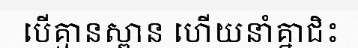
បើគ្មានស្ពាន ហើយនាំគ្នាជិះ